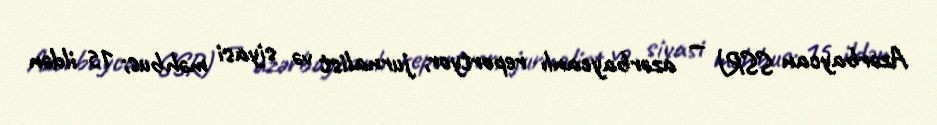
Azərbaycan SSR) — azərbaycanlı reportyor, jurnalist və siyasi məhbus; 15 ildən